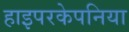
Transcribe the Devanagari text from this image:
हाइपरकेपनिया